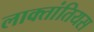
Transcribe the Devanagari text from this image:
लाक्तांतियस